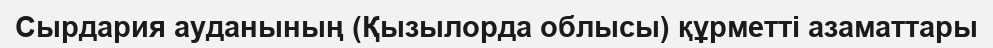
Сырдария ауданының (Қызылорда облысы) құрметті азаматтары